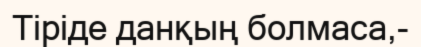
Тіріде данқың болмаса,-